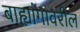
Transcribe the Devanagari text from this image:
बाह्यांगावरील